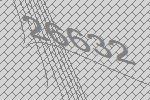
26632